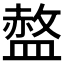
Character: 𱲓